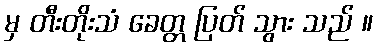
မှ တီးတိုးသံ ခေတ္တ ပြတ် သွား သည် ။